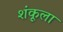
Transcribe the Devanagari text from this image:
शंकूला